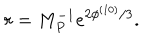
r = M _ { P } ^ { - 1 } e ^ { 2 \phi ^ { ( 1 0 ) } / 3 } .